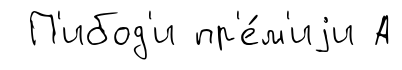
П'ибод'и пр'е́м'иjи А